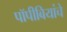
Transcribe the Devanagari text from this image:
पॉपीबियांचे